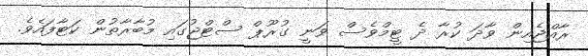
ރާއްޖެއިން ވާދަ ކުރާ ދެ ޓީމްވެސް ވަނީ ގުރޫޕް ސްޓްޖުގައި މުބާރާތުން ކަޓާފައެވެ.